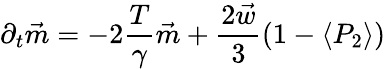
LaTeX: \partial_{t}\vec{m}=-2\frac{T}{\gamma}\vec{m}+\frac{2\vec{w}}{3}\left(1-\langle P_{2}\rangle\right)